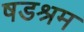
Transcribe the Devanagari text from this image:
षडश्रम